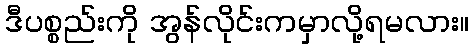
ဒီပစ္စည်းကို အွန်လိုင်းကမှာလို့ရမလား။